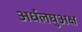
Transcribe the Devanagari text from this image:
अर्धलघुअक्ष